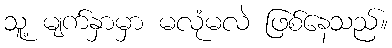
သူ့ မျက်နှာမှာ မလုံမလဲ ဖြစ်နေသည်။